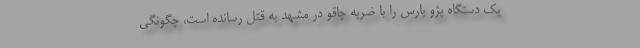
یک دستگاه پژو پارس را با ضربه چاقو در مشهد به قتل رسانده است، چگونگی